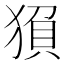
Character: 𬌻